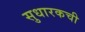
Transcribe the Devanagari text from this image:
सुधारकची